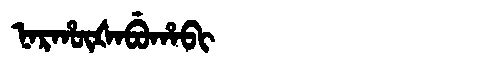
Manchu: ᠨᠠᡵᡥᡡᡧᠠᠪᡠᡥᠠᠪᡳ
Romanization: NARHŪŠABUHABI